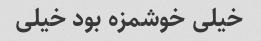
خیلی خوشمزه بود خیلی